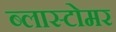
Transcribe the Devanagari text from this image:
ब्लास्टोमर